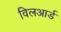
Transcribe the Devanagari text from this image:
विलआर्ड